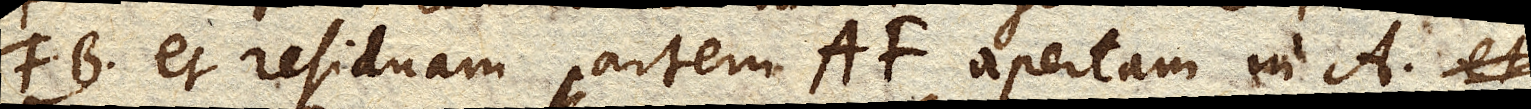
FB et residuam partem AF apertam in A